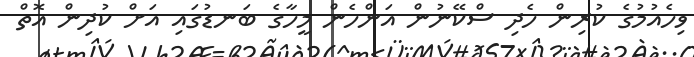
ވިހެއުމުގެ ކުރިން ހެދި ސްކޭނުން އަންހެން މީހާގެ ބަނޑުގައި އަށް ކުދިން އޮތް